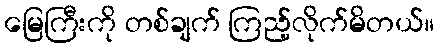
မြေကြီးကို တစ်ချက် ကြည့်လိုက်မိတယ်။